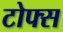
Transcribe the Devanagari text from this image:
टोफ्स